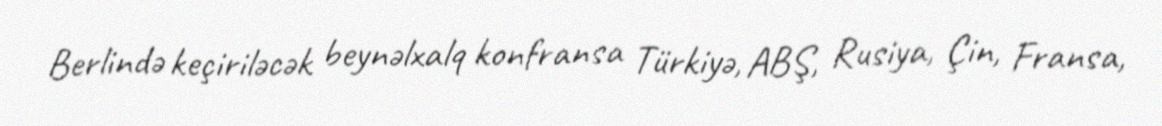
Berlində keçiriləcək beynəlxalq konfransa Türkiyə, ABŞ, Rusiya, Çin, Fransa,